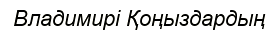
Владимирі Қоңыздардың